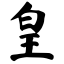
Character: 皇